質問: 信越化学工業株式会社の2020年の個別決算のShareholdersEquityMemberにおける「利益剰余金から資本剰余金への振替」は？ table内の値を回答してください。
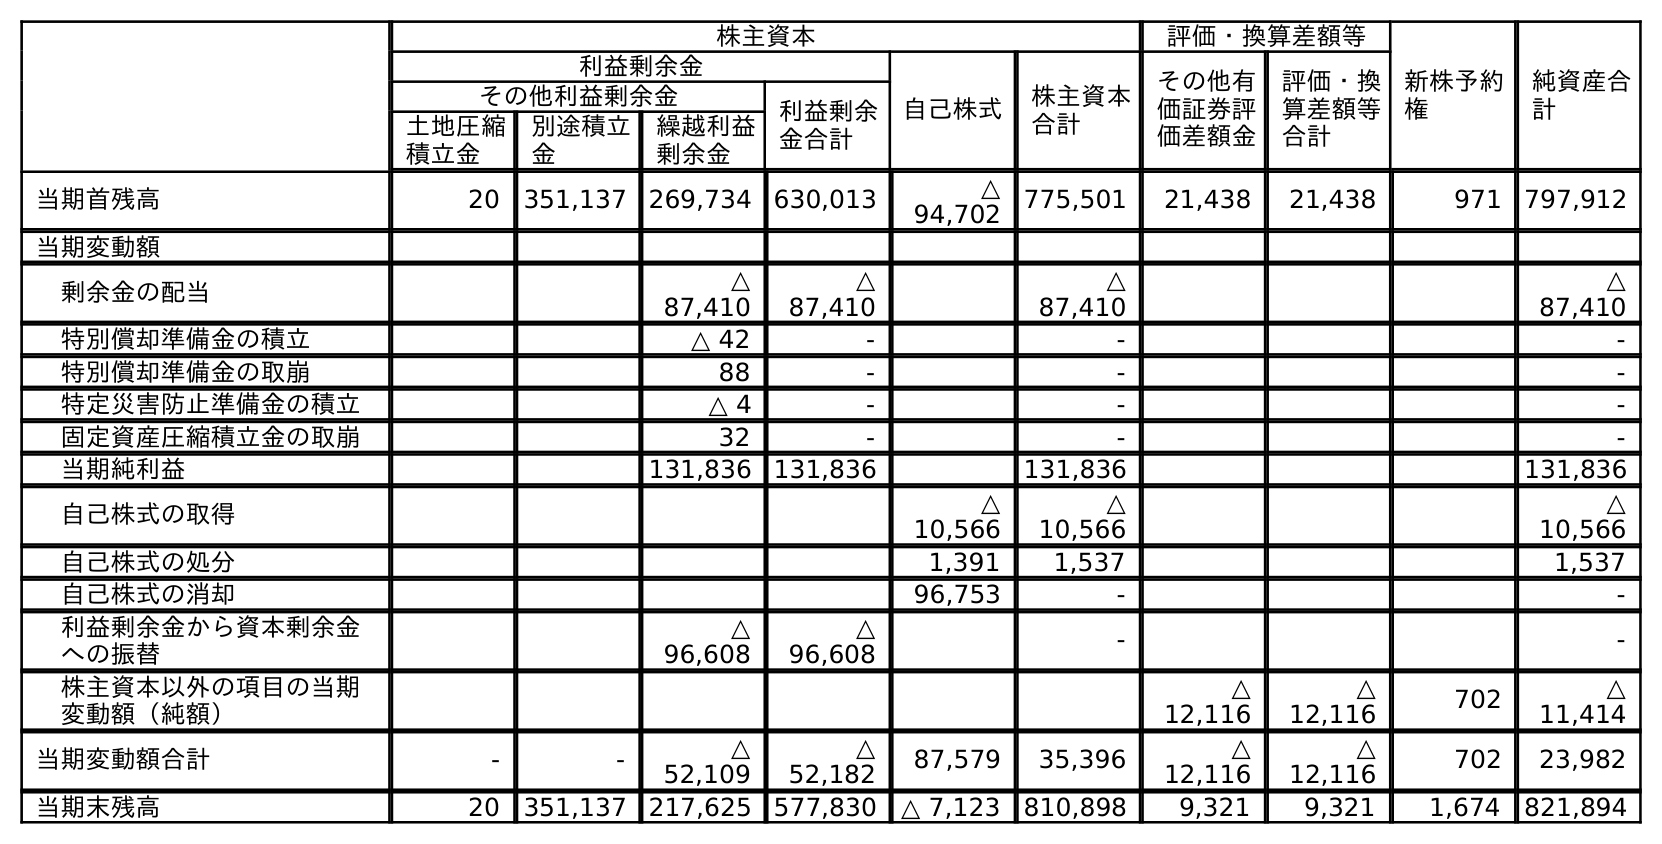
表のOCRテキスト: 株主資本 評価・換算差額等 新株予約 権 純資産合 計 利益剰余金 自己株式 株主資本 合計 その他有 価証券評 価差額金 評価・換 算差額等 合計 その他利益剰余金 利益剰余 金合計 土地圧縮 積立金 別途積立 金 繰越利益 剰余金 当期首残高 20 351,137 269,734 630,013 △ 94,702 775,501 21,438 21,438 971 797,912 当期変動額 剰余金の配当 △ 87,410 △ 87,410 △ 87,410 △ 87,410 特別償却準備金の積立 △ 42 - - - 特別償却準備金の取崩 88 - - - 特定災害防止準備金の積立 △ 4 - - - 固定資産圧縮積立金の取崩 32 - - - 当期純利益 131,836 131,836 131,836 131,836 自己株式の取得 △ 10,566 △ 10,566 △ 10,566 自己株式の処分 1,391 1,537 1,537 自己株式の消却 96,753 - - 利益剰余金から資本剰余金 への振替 △ 96,608 △ 96,608 - - 株主資本以外の項目の当期 変動額（純額） △ 12,116 △ 12,116 702 △ 11,414 当期変動額合計 - - △ 52,109 △ 52,182 87,579 35,396 △ 12,116 △ 12,116 702 23,982 当期末残高 20 351,137 217,625 577,830 △ 7,123 810,898 9,321 9,321 1,674 821,894
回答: -